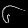
Digit: ၆